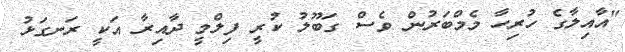
"އާއިލާގެ ހުރިހާ މެމްބަރުން ވެސް ގަބޫލު ކުރީ ފިލްމީ ދާއިރާ އަކީ ރަނގަޅު